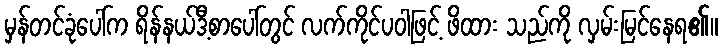
မှန်တင်ခုံပေါ်က ရိန်နယ်ဒီ့စာပေါ်တွင် လက်ကိုင်ပဝါဖြင့် ဖိထား သည်ကို လှမ်းမြင်နေရ၏။